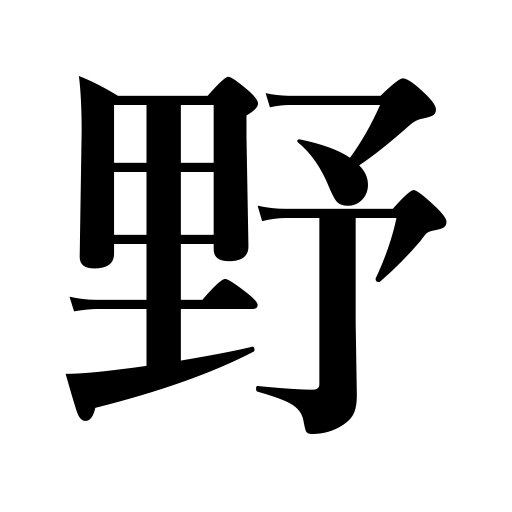
Meanings: civilian life,plain,field,the Opposition,rustic